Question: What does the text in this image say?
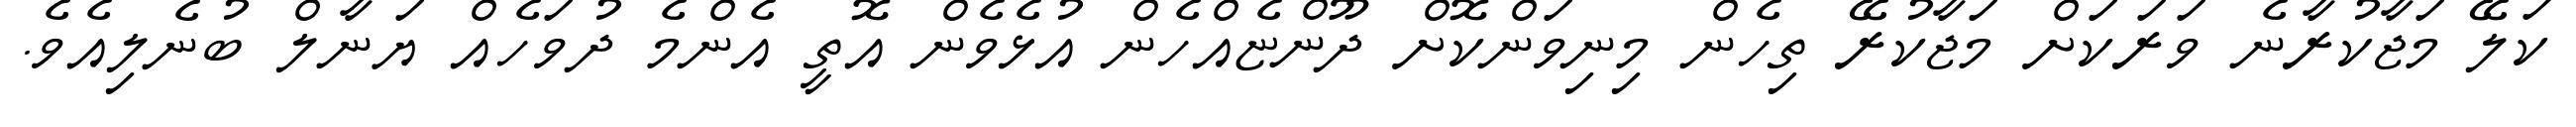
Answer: ކަލޭ މަޖާކުރާނެ ވަރަކަށް މަޖާކުރޭ ތިހެން މިނިވަންކޮށް ދޫންޏެއްހެން އުޅެވެން އޮތީ އެންމެ ދުވަހެއް ޔަނާލް ބުނެލިއެވެ.